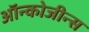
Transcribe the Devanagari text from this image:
ऑन्कोजीन्स